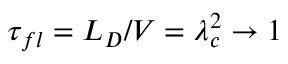
\tau _ { f l } = L _ { D } / V = \lambda _ { c } ^ { 2 } \to 1